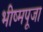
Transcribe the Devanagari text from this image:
भीष्मपूजा